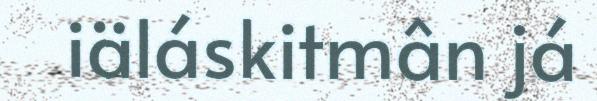
iäláskitmân já